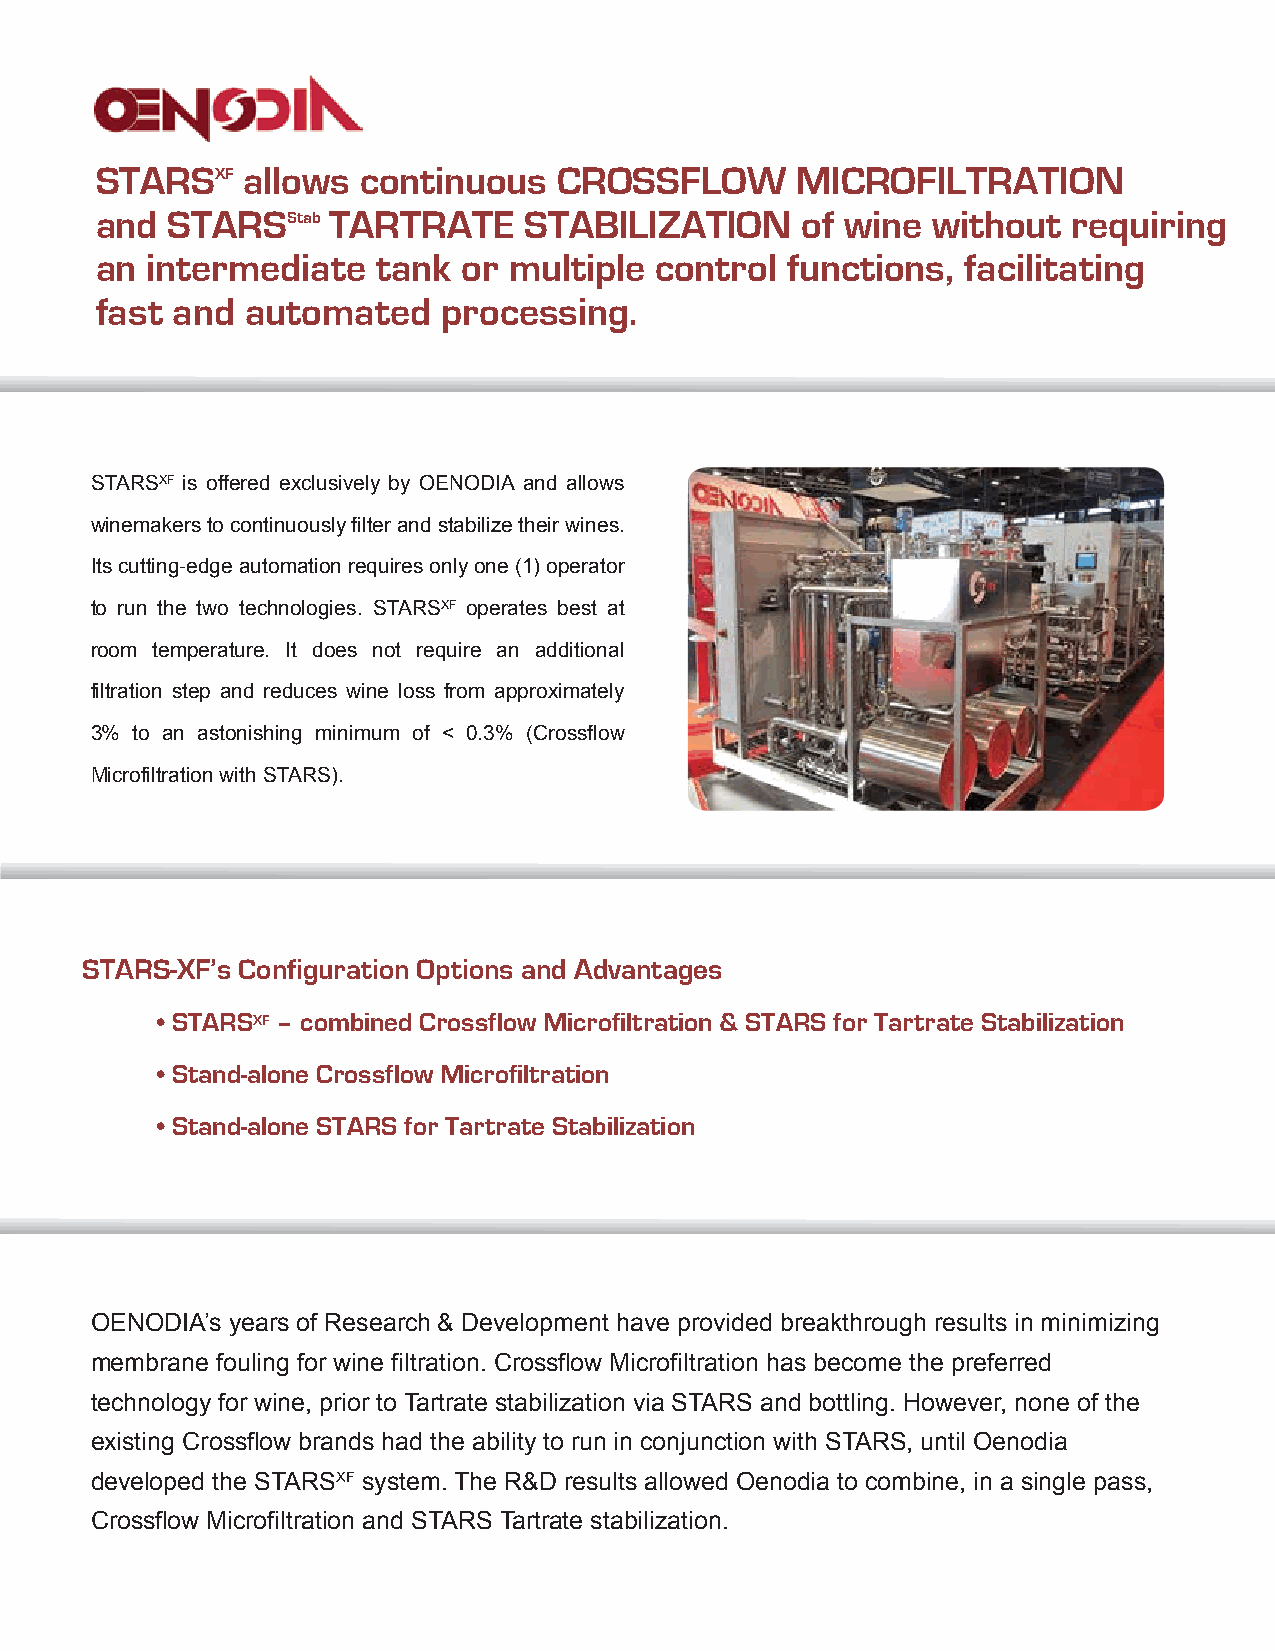
STARSXF   allows  continuous   CROSSFLOW       MICROFILTRATION
 and  STARSStab  TARTRATE     STABILIZATION     of wine  without  requiring
 an  intermediate   tank  or multiple control  functions,  facilitating
 fast and  automated    processing.
 STARSXF is offered exclusively by OENODIA and allows
 winemakers to continuously filter and stabilize their wines.
 Its cutting-edge automation requires only one (1) operator
 to run the two technologies. STARSXF operates best at
 room temperature. It does not require an additional
 filtration step and reduces wine loss from approximately
 3% to an astonishing minimum of < 0.3% (Crossflow
 Microfiltration with STARS).
 STARS-XF’s Configuration Options and Advantages
 • STARSXF – combined Crossflow Microfiltration & STARS for Tartrate Stabilization
 • Stand-alone Crossflow Microfiltration
 • Stand-alone STARS for Tartrate Stabilization
 OENODIA’s years of Research & Development have provided breakthrough results in minimizing
 membrane fouling for wine filtration. Crossflow Microfiltration has become the preferred
 technology for wine, prior to Tartrate stabilization via STARS and bottling. However, none of the
 existing Crossflow brands had the ability to run in conjunction with STARS, until Oenodia
 developed the STARSXF system. The R&D results allowed Oenodia to combine, in a single pass,
 Crossflow Microfiltration and STARS Tartrate stabilization.